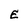
Character: E